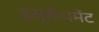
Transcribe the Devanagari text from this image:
इस्केपमेंट